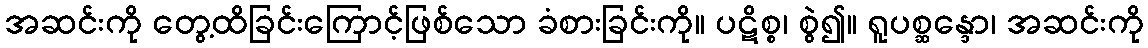
အဆင်းကို တွေ့ထိခြင်းကြောင့်ဖြစ်သော ခံစားခြင်းကို။ ပဋိစ္စ၊ စွဲ၍။ ရူပစ္ဆန္ဒော၊ အဆင်းကို